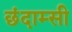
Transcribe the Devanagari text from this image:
छंदाम्सी